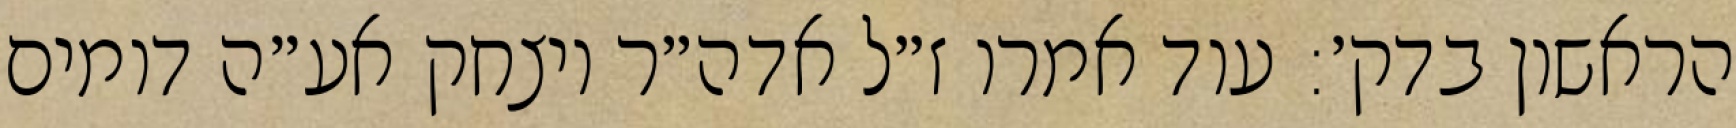
הראשון בדק׳: עוד אמרו ז״ל אדה״ר ויצחק אע״ה דומים